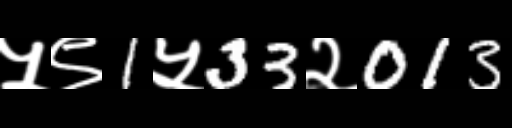
Text: ५९1५33२013